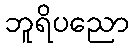
ဘူရိပညော